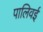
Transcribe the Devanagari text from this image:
पालिवई